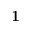
\mathbf { 1 }